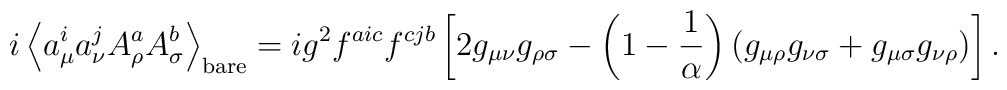
i\left< a_\mu^i a_\nu^j        A_\rho^a A_\sigma^b\right>_{\rm bare}  =ig^2f^{aic}f^{cjb}    \left[2g_{\mu\nu}g_{\rho\sigma}          -\left(1-\frac1\alpha\right)          (g_{\mu\rho}g_{\nu\sigma}+g_{\mu\sigma}g_{\nu\rho})\right] .